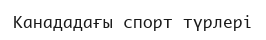
Канададағы спорт түрлері